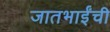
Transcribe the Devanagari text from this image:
जातभाईंची